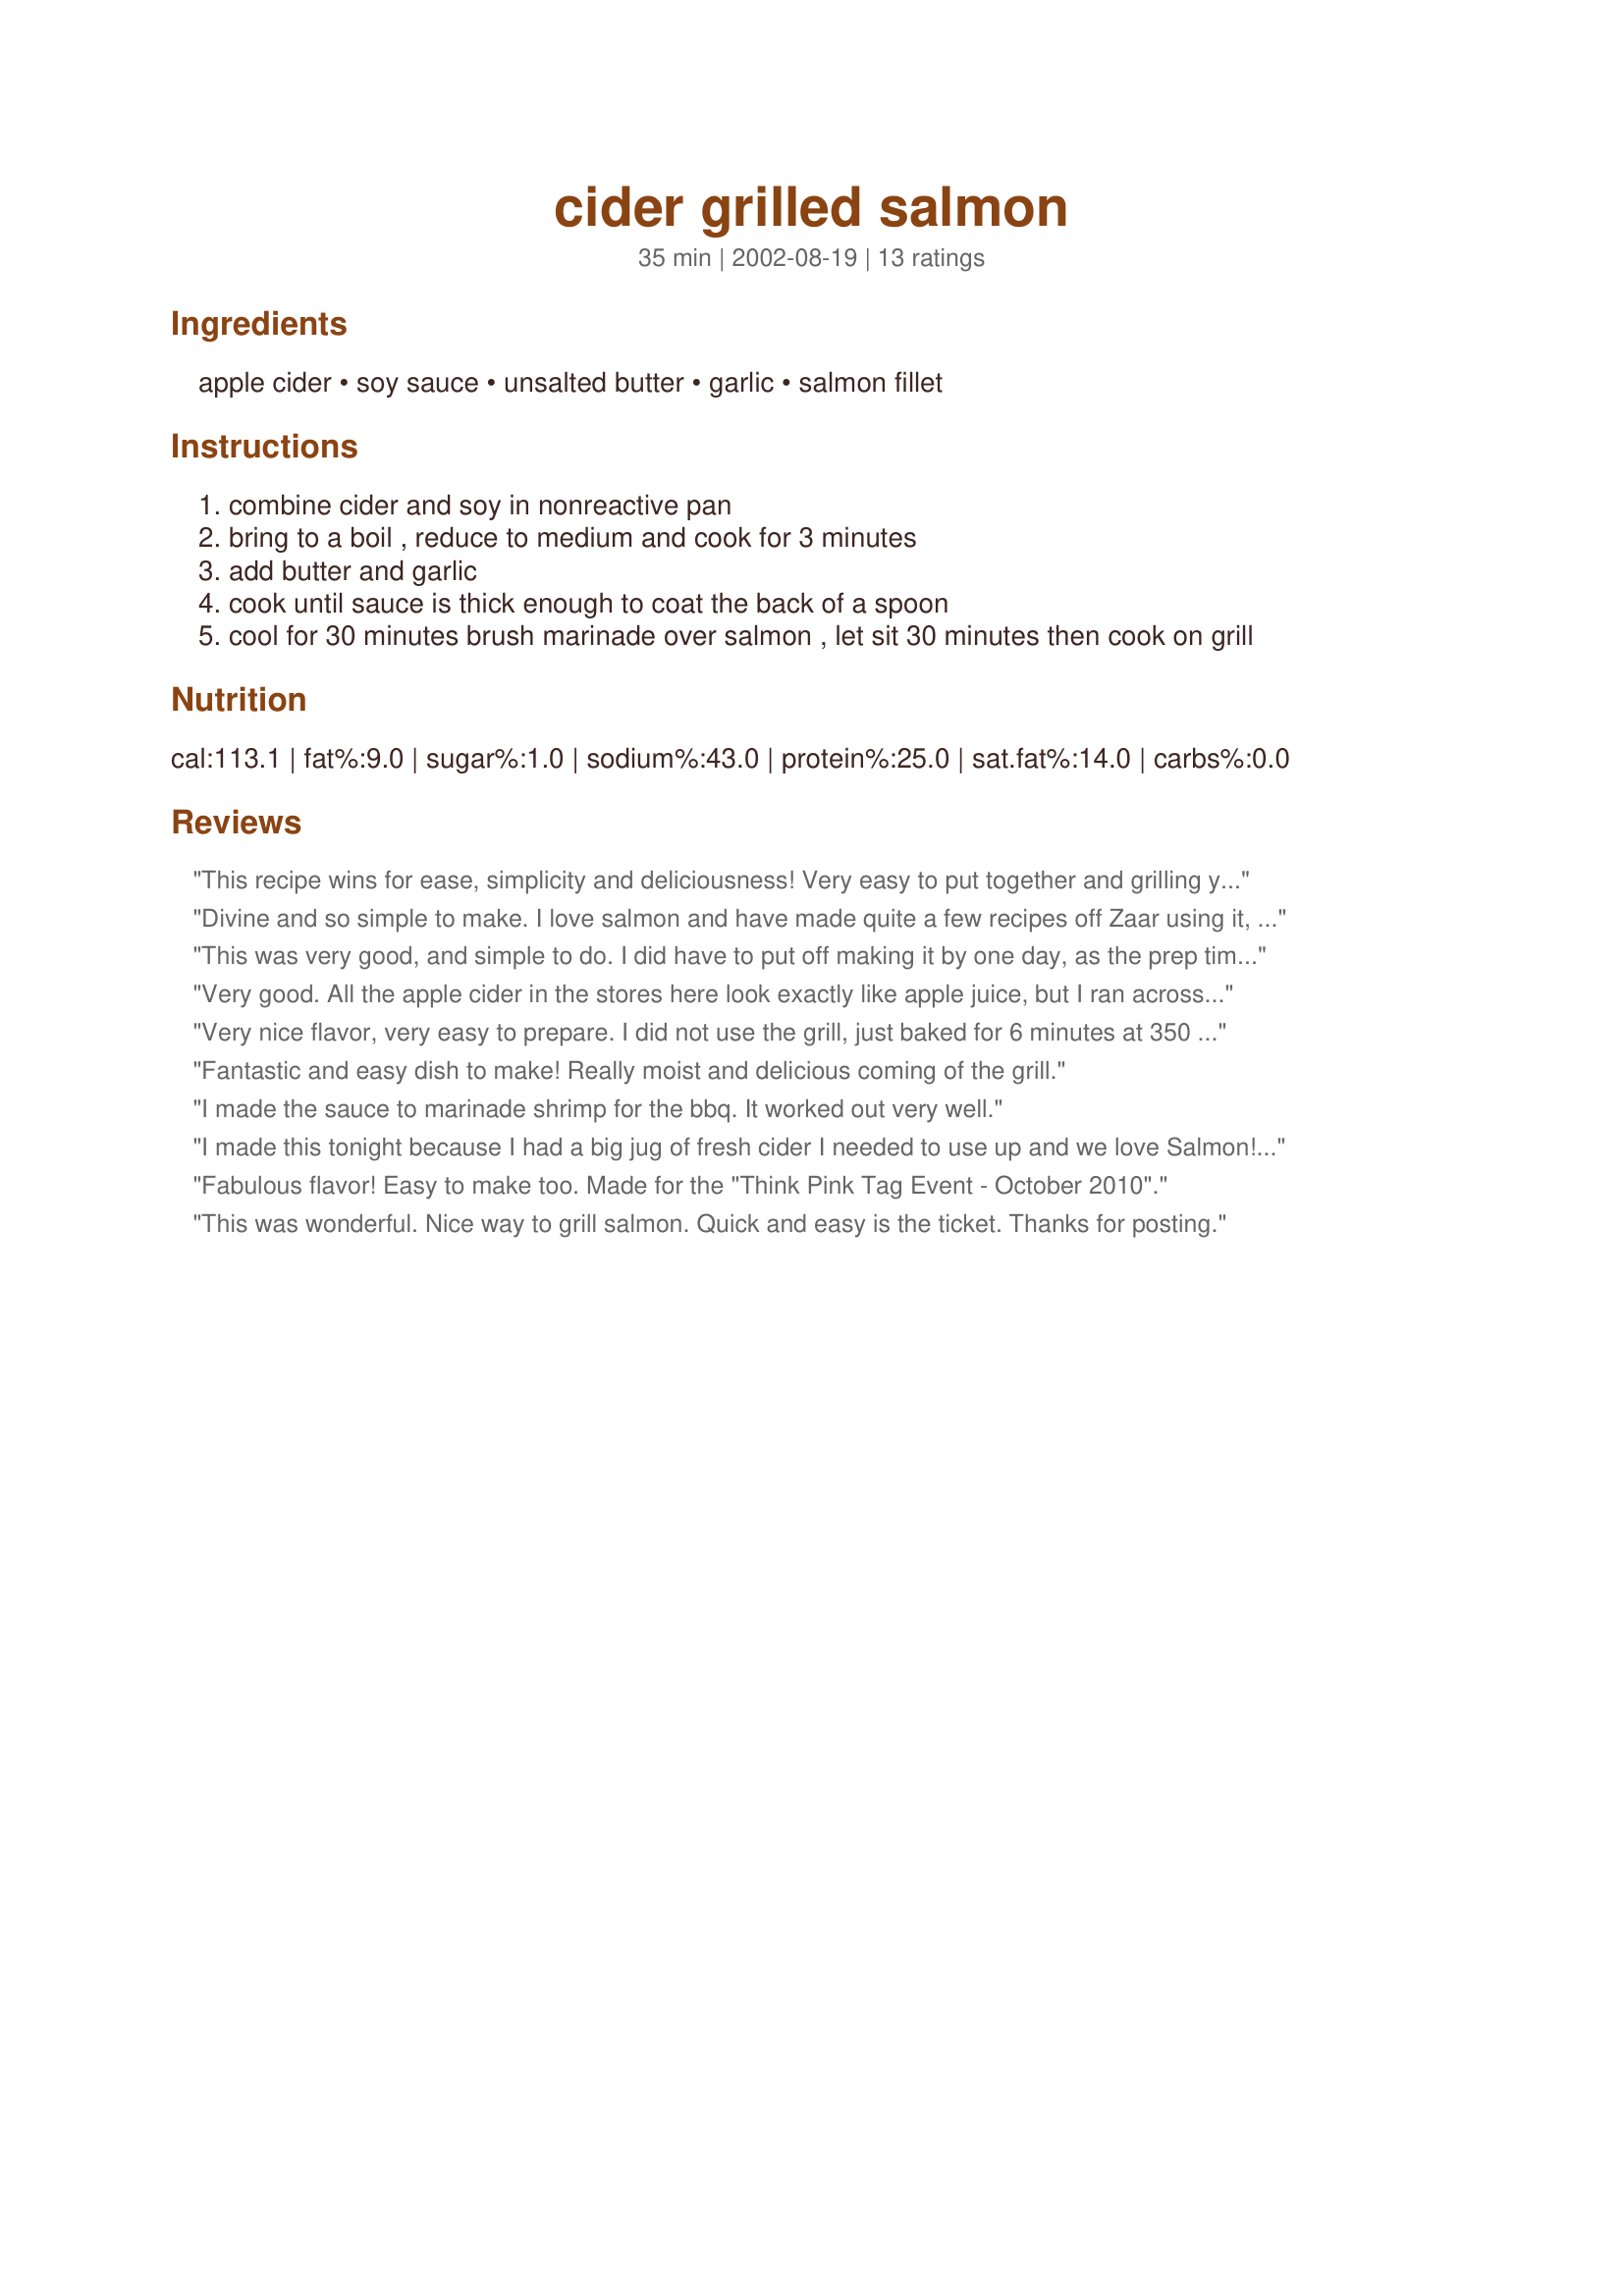
cider grilled salmon
Preparation time: 35 minutes

Ingredients:
apple cider, soy sauce, unsalted butter, garlic, salmon fillet

Steps:
combine cider and soy in nonreactive pan
bring to a boil , reduce to medium and cook for 3 minutes
add butter and garlic
cook until sauce is thick enough to coat the back of a spoon
cool for 30 minutes brush marinade over salmon , let sit 30 minutes then cook on grill

Reviews:
This recipe wins for ease, simplicity and deliciousness! Very easy to put together and grilling yields a perfectly cooked piece of fish. I find it on the tad salty side, so I would cut the soy sauce a bit. I also tried adding some lemon juice on my second try and it was wonderful! <br/>Also, 6 T = 1/4 cup for those of you who want to keep using your measuring cup.
Divine and so simple to make. I love salmon and have made quite a few recipes off Zaar using it, this one with the slightly sweet flavour from the cider is a real winner, smell is wonderful whilst cooking too.
Thanks for posting.
This was very good, and simple to do. I did have to put off making it by one day, as the prep time didn't include the cooling and marinating times, which I didn't notice in time. Like other reviewers, I baked this in the oven then finished it under the grill. I am interested in doing this again, but next time I will use a lower sodium soy sauce as I did find it a bit on the salty side.
Very good. All the apple cider in the stores here look exactly like apple juice, but I ran across a bottle of Organic Cloudy Apple Juice, unfiltered apple juice, basically the same thing as real apple cider here in the US, it wasn't hard cider. I also brushed some of it on thickly sliced squash and grilled everything over hickory coals so it had a hint of smoke. I loved it!
Very nice flavor, very easy to prepare. I did not use the grill, just baked for 6 minutes at 350 degree F and broiled for about 3 more minutes. So simple, yet so delicious. Served mine with rice pilaf and steamed vegetables. Thanks for sharing your recipe.
Fantastic and easy dish to make! Really moist and delicious coming of the grill.
I made the sauce to marinade shrimp for the bbq. It worked out very well.
I made this tonight because I had a big jug of fresh cider I needed to use up and we love Salmon! I thought it sounded ok but was I surprised! It was fantastic! The cider and soy gave it a sweet tang and the Salmon was so moist. I didn't grill it, I broiled it, but it still came out perfect! What a wonderful Fall dinner served with some Rice Pilaf. Thanks for a great recipe!
Fabulous flavor! Easy to make too. Made for the "Think Pink Tag Event - October 2010".
This was wonderful. Nice way to grill salmon. Quick and easy is the ticket. Thanks for posting.
Very Tasty sauce. My family loved this recipe over the any other pre-made brand name marinade we have used in the past. The fish came out moist and delicious. Thanks!!!
This tasted similar to a more complicated salmon recipe I make. I made the cider/soy sauce after work, and quick-chilled it with a bag of ice cubes. I also didn't have cider, but I did have apple juice. I reserved the marinade, boiled it, and served it over rice and steamed carrots. I love simple recipes with few ingredients, especially those that have such a depth of flavor. Thanks, Mean Chef, I will definitely make this again and again.
I made as written, brushed half the sauce on in step #5 and then basted the fish with the rest of sauce while grilling. My family loved this. Thanks MC
